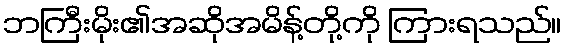
ဘကြီးမိုး၏အဆိုအမိန့်တို့ကို ကြားရသည်။